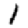
Digit: 1